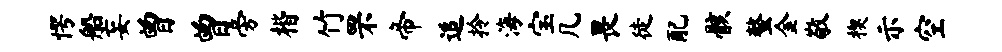
愕船妄曾曾旁楷竹罘帝追拎海宝几畏徒配骸螯金敬楔示空